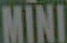
MINI